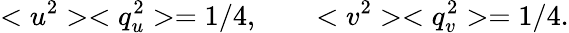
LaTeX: <u^{2}><q_{u}^{2}>=1/4,\qquad<v^{2}><q_{v}^{2}>=1/4.